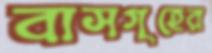
বাসগৃহের